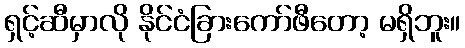
ရှင့်ဆီမှာလို နိုင်ငံခြားကော်ဖီတော့ မရှိဘူး။